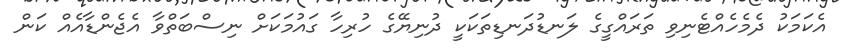
އެކަމަކު ދެމެހެއްޓެނިވި ތަރައްގީގެ ލަނޑުދަނޑިތަކަކީ ދުނިޔޭގެ ހުރިހާ ގައުމަކަށް ނިސްބަތްވާ އެޖެންޑާއެއް ކަން